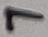
Text: 7